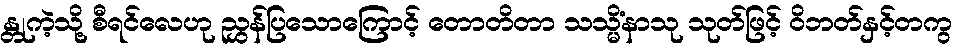
န္တုကဲ့သို့ စီရင်လေဟု ညွှန်ပြသောကြောင့် တောတိတာ သသ္မိံနာသု သုတ်ဖြင့် ဝိဘတ်နှင့်တကွ